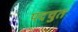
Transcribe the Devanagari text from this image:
पदचुत